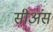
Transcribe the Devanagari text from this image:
सीअंस